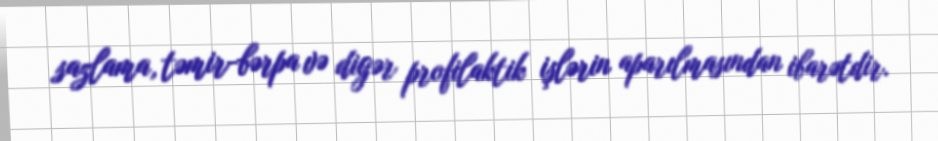
sazlama, təmir-bərpa və digər profilaktik işlərin aparılmasından ibarətdir.